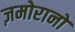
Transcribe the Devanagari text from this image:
ज़मोरानो